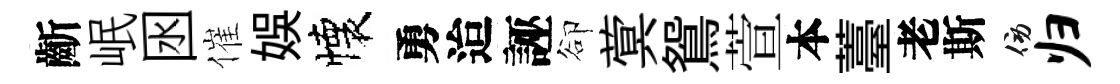
齗岷囦催娱懐勇迨誣卻蓂鴛萱本薹老斯傍归